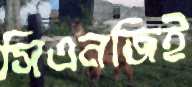
সিএনজিই